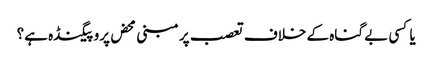
یا کسی بے گناہ کے خلاف تعصب پر مبنی محض پروپیگنڈہ ہے؟